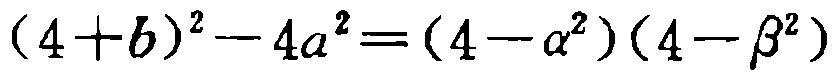
\((4 + b)^{2}-4a^{2}=(4 - \alpha^{2})(4 - \beta^{2})\)